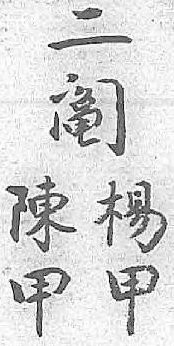
二陳樣阄甲甲